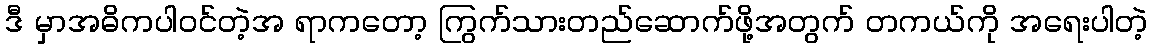
ဒီ မှာအဓိကပါဝင်တဲ့အ ရာကတော့ ကြွက်သားတည်ဆောက်ဖို့အတွက် တကယ်ကို အရေးပါတဲ့